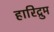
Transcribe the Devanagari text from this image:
हारिद्रुम